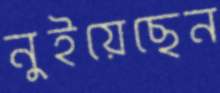
নুইয়েছেন